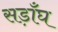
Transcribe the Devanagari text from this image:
सड़ाँघ